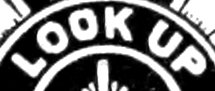
LOCK UP